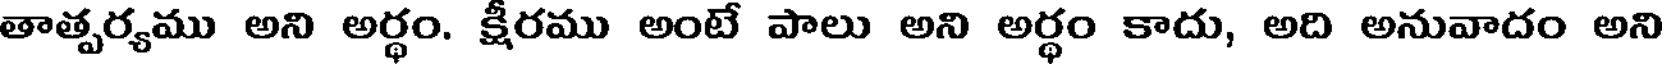
తాత్పర్యము అని అర్థం. క్షీరము అంటే పాలు అని అర్థం కాదు, అది అనువాదం అని